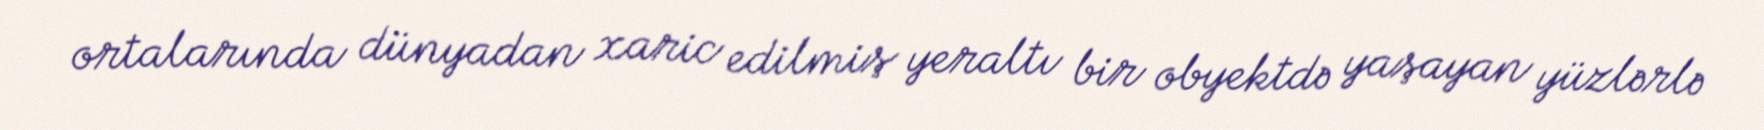
ortalarında dünyadan xaric edilmiş yeraltı bir obyektdə yaşayan yüzlərlə